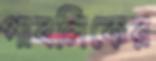
পাবলিকের